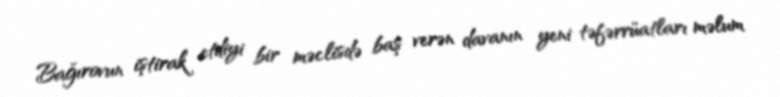
Bağırovun iştirak etdiyi bir məclisdə baş verən davanın yeni təfərrüatları məlum